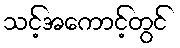
သင့်အကောင့်တွင်